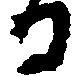
る